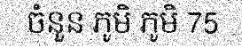
ចំនួន ភូមិ ភូមិ 75